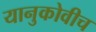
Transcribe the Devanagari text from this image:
यानुकोवीच